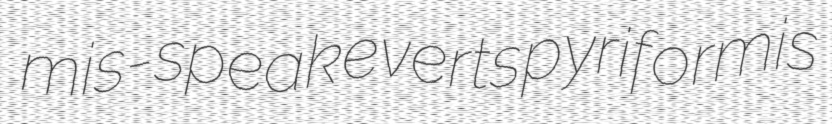
mis-speak everts pyriformis